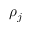
\rho _ { j }